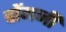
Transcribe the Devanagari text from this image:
चोंगजी